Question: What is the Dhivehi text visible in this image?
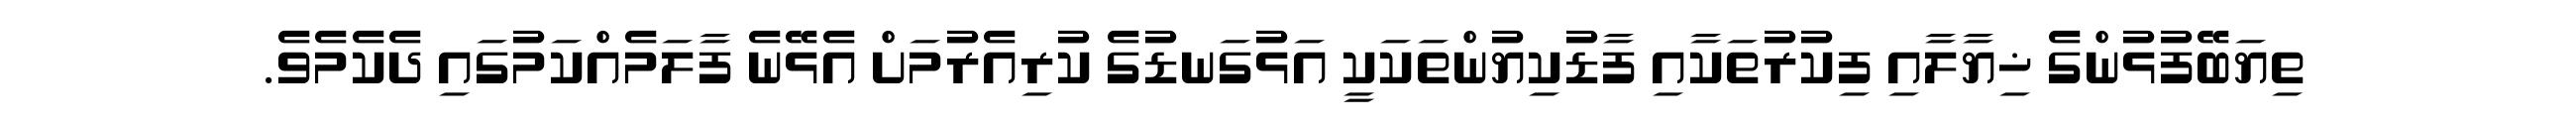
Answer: ތިޔަބޭފުޅުންގެ ޚިޔާލާއި ފިކުރުތަކާއި ފާޑުކިޔުންތަކަކީ އަޅުގަނޑުގެ ކުރިއެރުމަށް އެޅޭނެ ފާލަމެއްކަމުގައި ދެކެމެވެ.